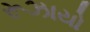
રૂઝાયો